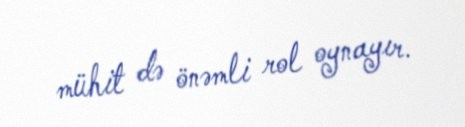
mühit də önəmli rol oynayır.